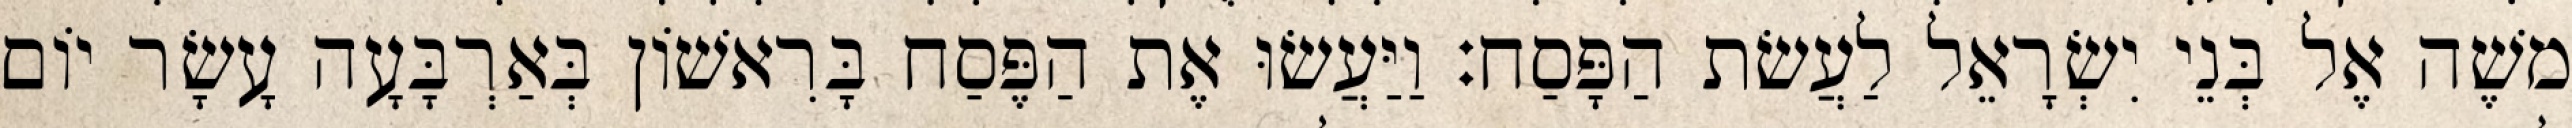
משֶׁה אֶל בְּנֵי יִשְׂרָאֵל לַעֲשׂת הַפָּסַח׃ וַיַּעֲשׂוּ אֶת הַפֶּסַח בָּרִאשׁוֹן בְּאַרְבָּעָה עָשָׂר יוֹם